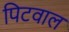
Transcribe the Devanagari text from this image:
पिटवाल